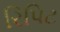
રિપિટ